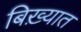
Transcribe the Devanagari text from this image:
बिख़्यात